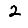
Digit: 2